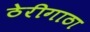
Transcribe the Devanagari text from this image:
ठेरीगाठा